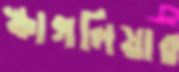
স্কাগলিয়ার